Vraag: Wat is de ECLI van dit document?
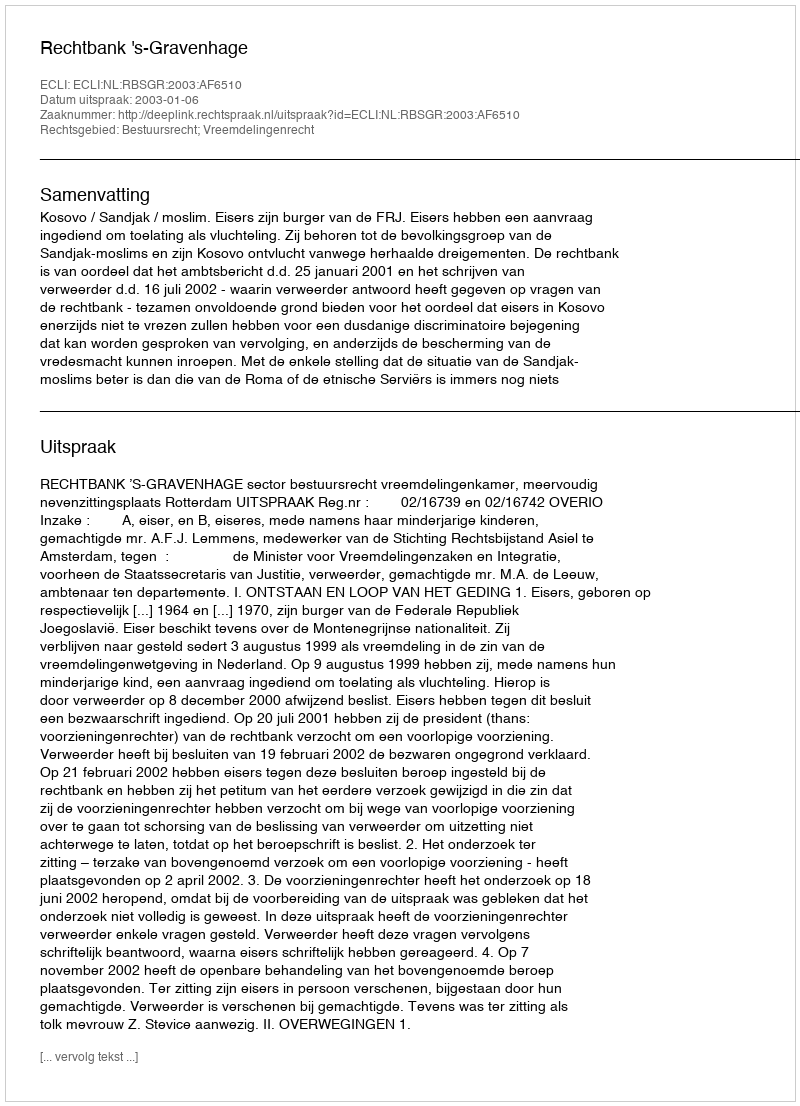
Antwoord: ECLI:NL:RBSGR:2003:AF6510